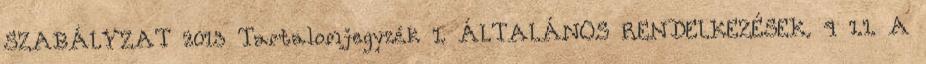
SZABÁLYZAT 2013 Tartalomjegyzék 1. ÁLTALÁNOS RENDELKEZÉSEK. 4 1.1. A